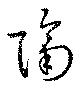
隔